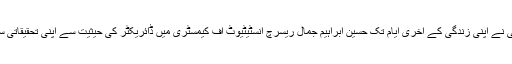
ڈاکٹر سلیم الزماں صدیقی نے اپنی زندگی کے آخری ایام تک حسین ابراہیم جمال ریسرچ انسٹیٹیوٹ آف کیمسٹری میں ڈائریکٹر کی حیثیت سے اپنی تحقیقاتی سرگرمیاں جاری رکھیں۔